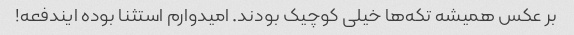
بر عکس همیشه تکه‌ها خیلی کوچیک بودند. امیدوارم استثنا بوده ایندفعه!